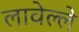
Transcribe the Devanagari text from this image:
लावेल्ले